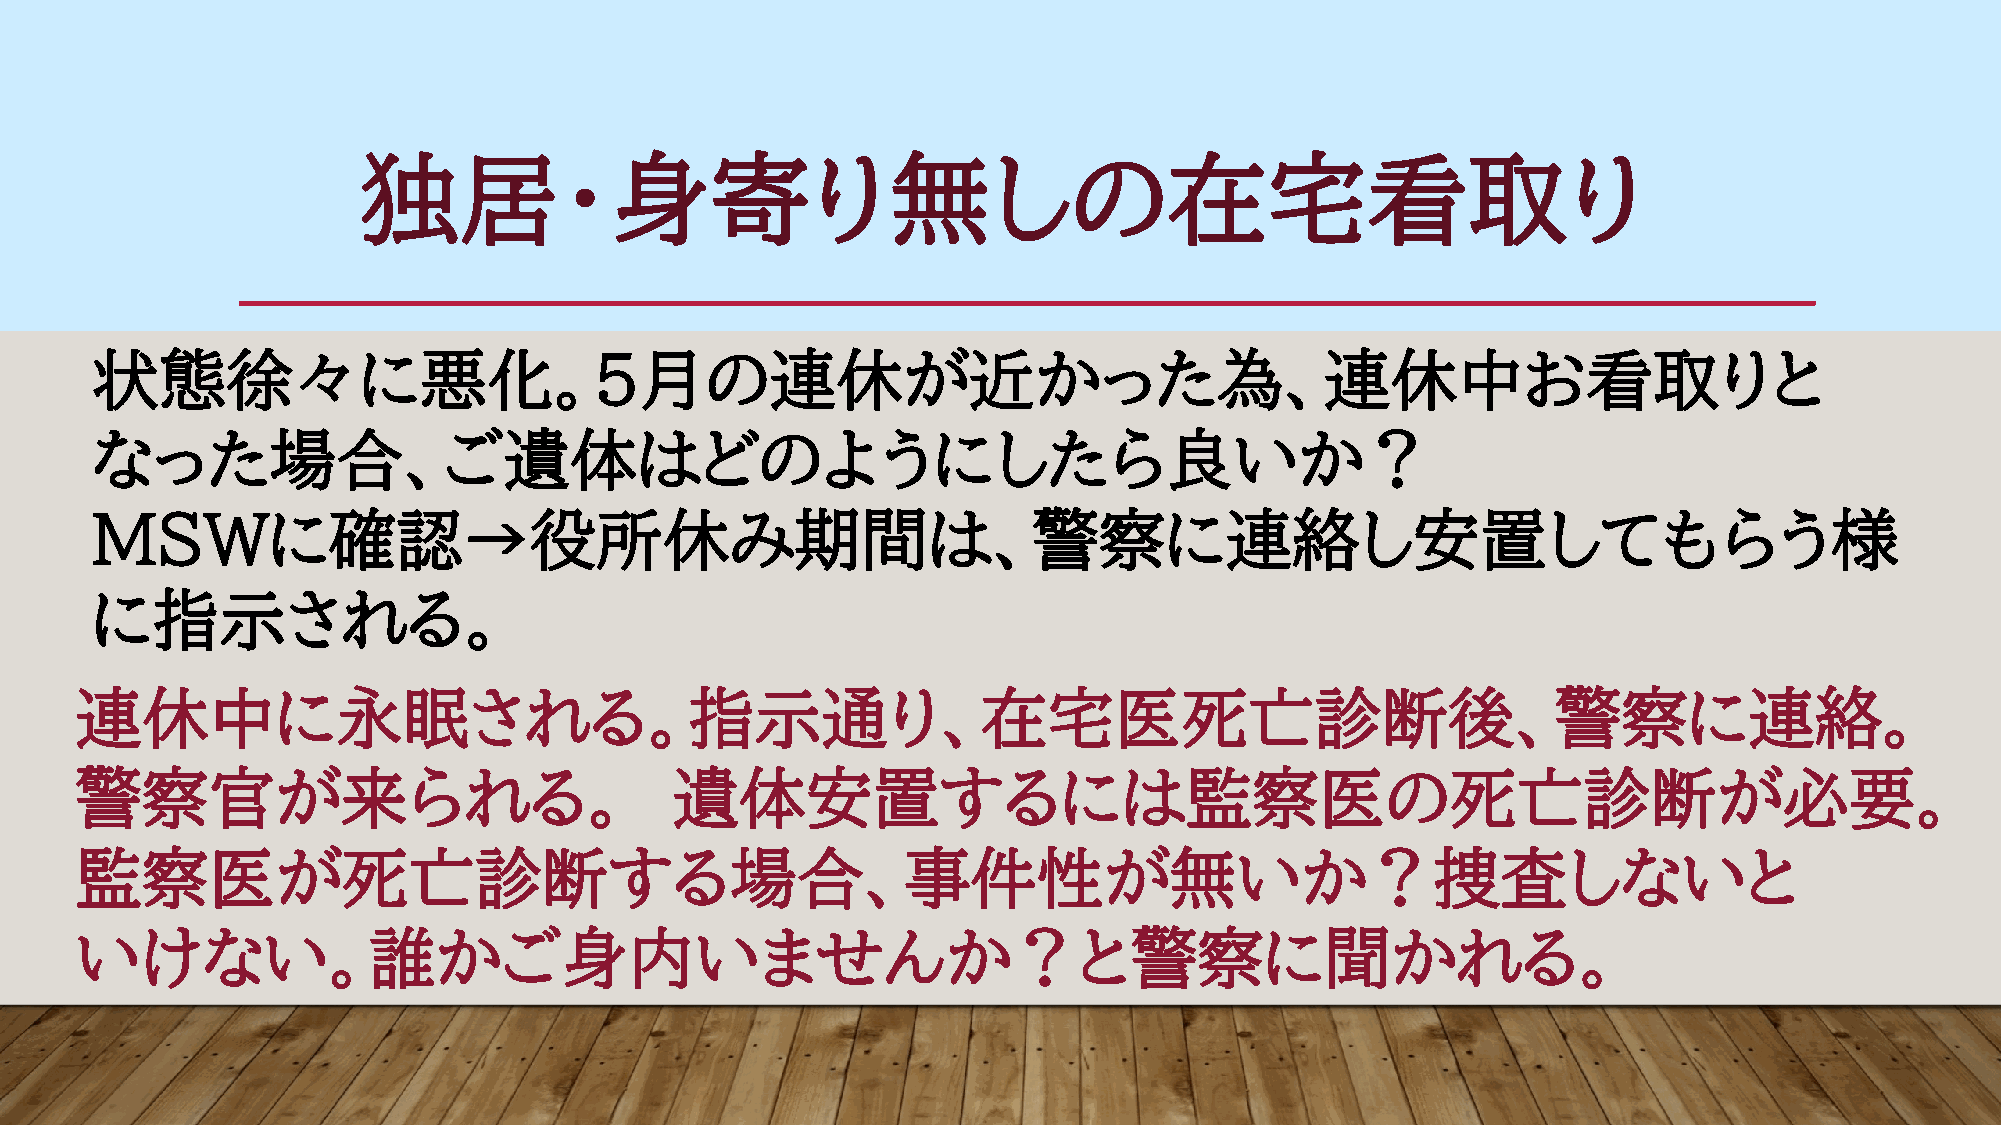
独居・身寄り無しの在宅看取り
 状態徐々に悪化。５月の連休が近かった為、連休中お看取りと
 なった場合、ご遺体はどのようにしたら良いか？
 MSWに確認→役所休み期間は、警察に連絡し安置してもらう様
 に指示される。
 連休中に永眠される。指示通り、在宅医死亡診断後、警察に連絡。
 警察官が来られる。                               遺体安置するには監察医の死亡診断が必要。
 監察医が死亡診断する場合、事件性が無いか？捜査しないと
 いけない。誰かご身内いませんか？と警察に聞かれる。